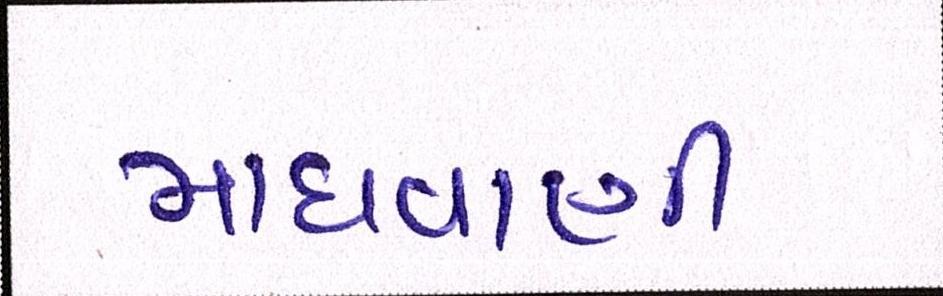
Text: માધવાણી